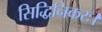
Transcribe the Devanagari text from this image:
सिद्धिनिकरः।